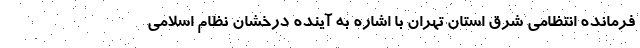
فرمانده انتظامی شرق استان تهران با اشاره به آینده درخشان نظام اسلامی